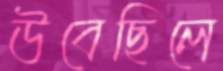
উবেছিলে